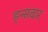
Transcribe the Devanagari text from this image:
हन्सवार